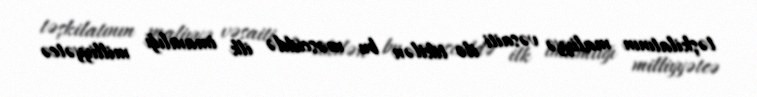
təşkilatının maliyyə vəsaiti ilə tikilən bu məsciddə ilk imamlığı milliyyətcə